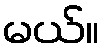
မယ်။